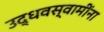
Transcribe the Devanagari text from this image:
उद्धवस्वामींना